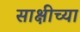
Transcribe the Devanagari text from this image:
साक्षीच्या